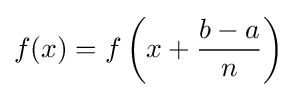
f(x)=f\left(x+{\frac {b-a}{n}}\right)